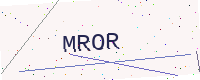
Text: MROR